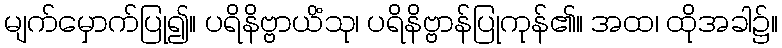
မျက်မှောက်ပြု၍။ ပရိနိဗ္ဗာယိံသု၊ ပရိနိဗ္ဗာန်ပြုကုန်၏။ အထ၊ ထိုအခါ၌။